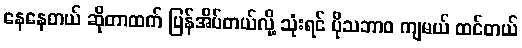
နေနေတယ် ဆိုတာထက် ပြန်အိပ်တယ်လို့ သုံးရင် ပိုသဘာဝ ကျမယ် ထင်တယ်